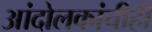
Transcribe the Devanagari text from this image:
आंदोलकांचीही